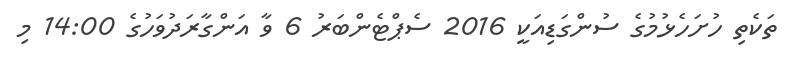
ތަކެތި ހުށަހެޅުމުގެ ސުންގަޑިއަކީ 2016 ސެޕްޓެންބަރު 6 ވާ އަންގާރަދުވަހުގެ 14:00 މި